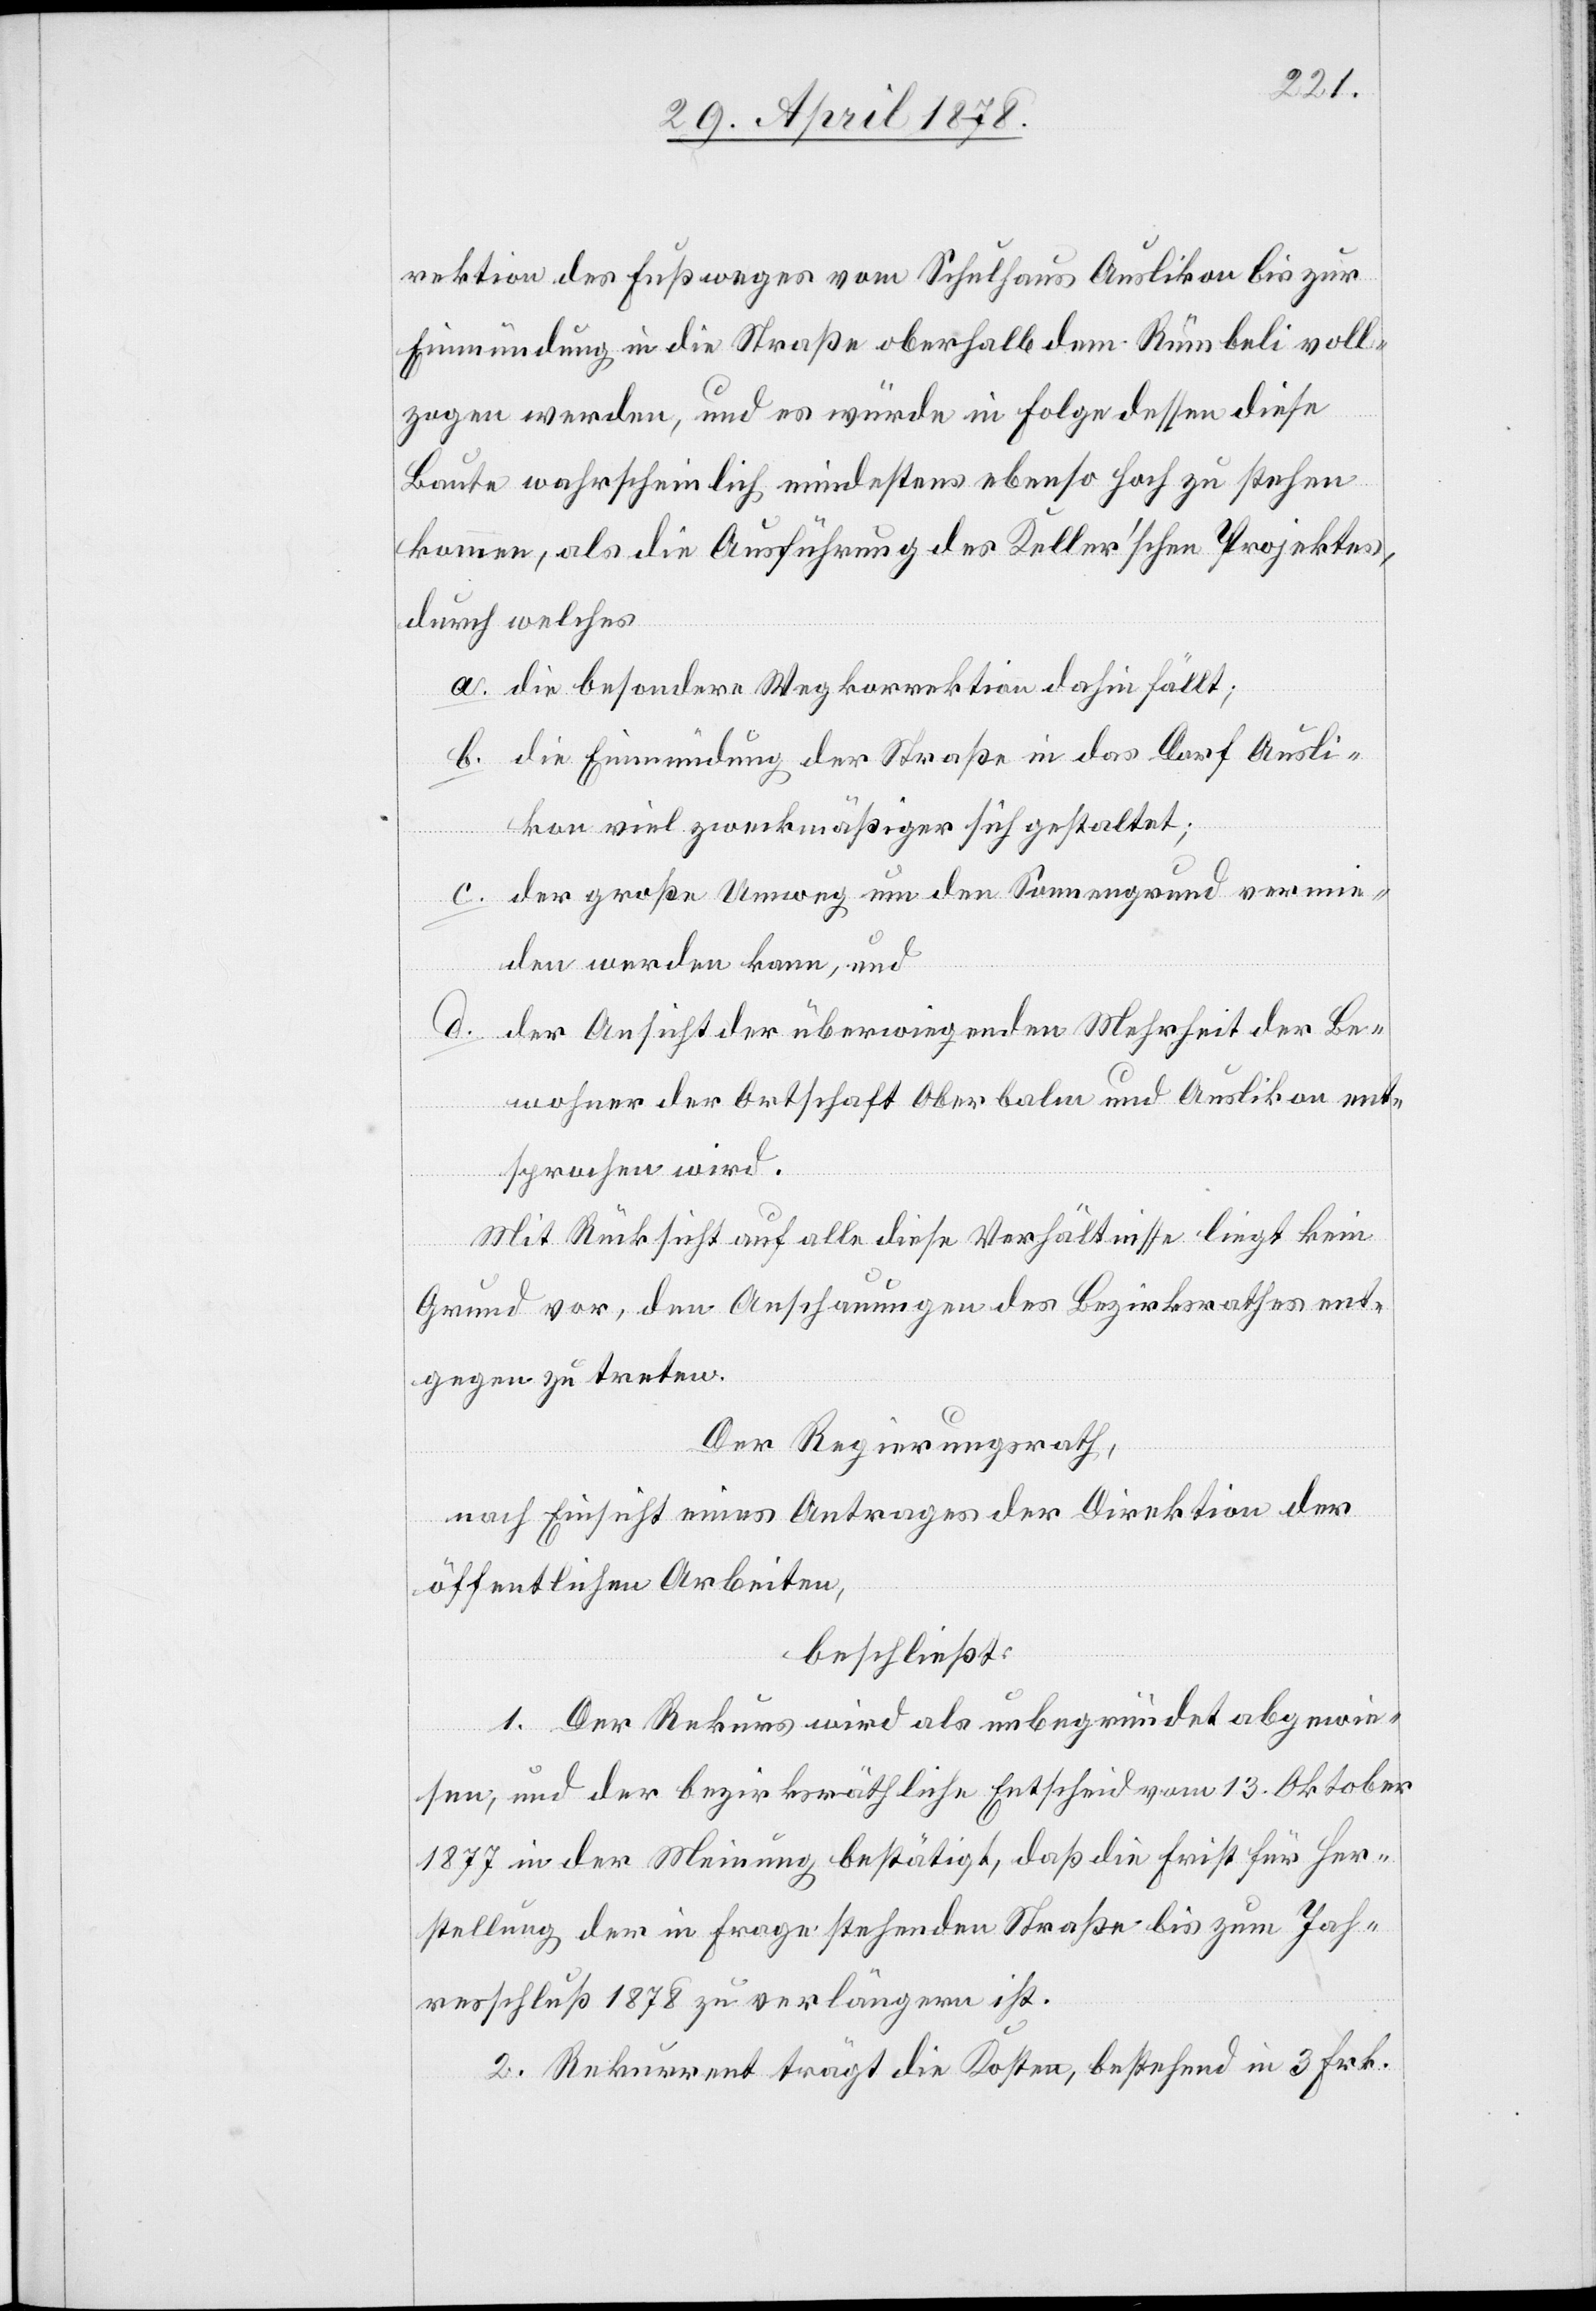
rektion des Fußweges vom Schulhaus Auslikon bis zur
Einmündung in die Straße oberhalb dem Rümbeli voll¬
zogen werden, und es würde in Folge dessen diese
Baute wahrscheinlich mindestens ebenso hoch zu stehen
kommen, als die Ausführung des Keller’schen Projektes,
durch welches
die besondere Wegkorrektion dahin fällt;
die Einmündung der Straße in das Dorf Ausli¬
kon viel zweckmäßiger sich gestaltet;
der große Umweg um den Sonnengrund vermie¬
den werden kann, und
der Ansicht der überwiegenden Mehrheit der Be¬
wohner der Ortschaft Oberbalm und Auslikon ent¬
sprochen wird.
Mit Rücksicht auf diese Verhältnisse liegt kein
Grund vor, den Anschauungen des Bezirksrathes ent¬
gegen zu treten.
Der Regierungsrath,
nach Einsicht eines Antrages der Direktion der
öffentlichen Arbeiten,
beschließt:
1. Der Rekurs wird als unbegründet abgewie¬
sen, und der bezirksräthliche Entscheid vom 13. Oktober
1877 in der Meinung bestätigt, daß die Frist für Her¬
stellung der in Frage stehenden Straße bis zum Jah¬
resschluß 1878 zu verlängern ist.
2. Rekurrent trägt die Kosten, bestehend in 3 Frk.